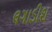
લગાડીશ